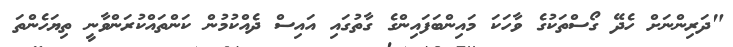
"ދަރިންނަށް ހެދޭ ގޯސްތަކުގެ ވާހަކަ މައިންބަފައިންގެ ގާތުގައި އައިސް ދެއްކުމުން ކަންތައްކުރަންވާނީ ތިޔަހެންތަ